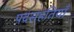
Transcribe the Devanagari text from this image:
पदसंहतियाँ